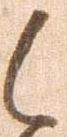
候